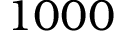
1 0 0 0